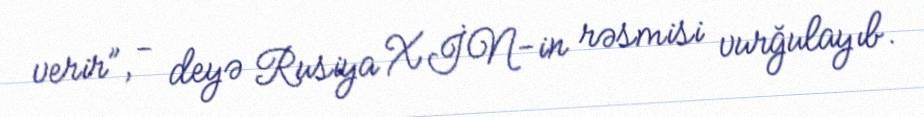
verir”, - deyə Rusiya XİN-in rəsmisi vurğulayıb.